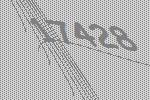
17428